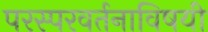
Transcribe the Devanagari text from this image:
परस्परवर्तनाविषयी